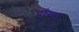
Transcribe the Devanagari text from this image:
प्राँगण